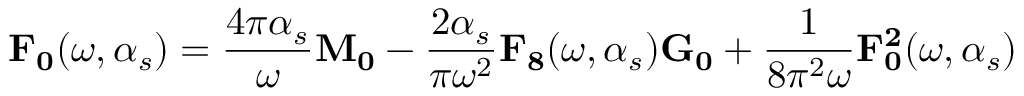
{ \bf F _ { 0 } } ( \omega , \alpha _ { s } ) = \frac { 4 \pi \alpha _ { s } } { \omega } { \bf M _ { 0 } } - \frac { 2 \alpha _ { s } } { \pi \omega ^ { 2 } } { \bf F _ { 8 } } ( \omega , \alpha _ { s } ) { \bf G _ { 0 } } + \frac { 1 } { 8 \pi ^ { 2 } \omega } { \bf F _ { 0 } ^ { 2 } } ( \omega , \alpha _ { s } )